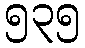
၅၃၅